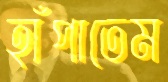
হাঁপাতেম